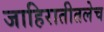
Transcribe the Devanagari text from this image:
जाहिरातीतलेच